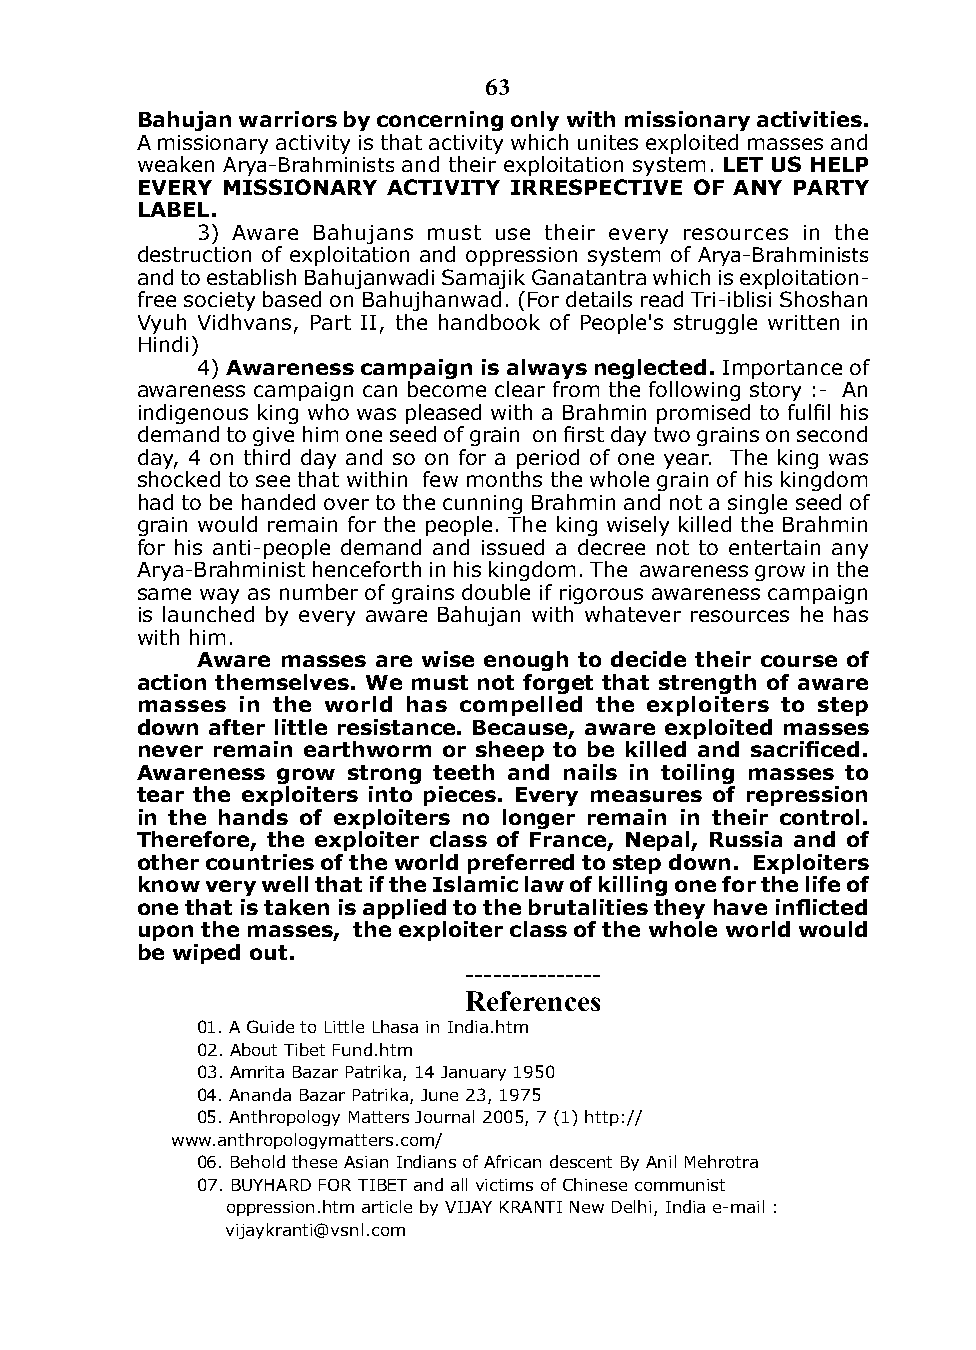
63
 Bahujan warriors by concerning only with missionary activities.
 A missionary activity is that activity which unites exploited masses and
 weaken Arya-Brahminists and their exploitation system. lET us HElP
 EVERy mIssIonARy AcTIVITy IRREsPEcTIVE oF Any PARTy
 lABEl.
 3) Aware Bahujans must use their every resources in the
 destruction of exploitation and oppression system of Arya-Brahminists
 and to establish Bahujanwadi Samajik Ganatantra which is exploitation-
 free society based on Bahujhanwad. (For details read Tri-iblisi Shoshan
 Vyuh Vidhvans, Part ii, the handbook of People's struggle written in
 Hindi)
 4) Awareness campaign is always neglected. importance of
 awareness campaign can become clear from the following story :- An
 indigenous king who was pleased with a Brahmin promised to fulfil his
 demand to give him one seed of grain on first day two grains on second
 day, 4 on third day and so on for a period of one year. The king was
 shocked to see that within few months the whole grain of his kingdom
 had to be handed over to the cunning Brahmin and not a single seed of
 grain would remain for the people. The king wisely killed the Brahmin
 for his anti-people demand and issued a decree not to entertain any
 Arya-Brahminist henceforth in his kingdom. The awareness grow in the
 same way as number of grains double if rigorous awareness campaign
 is launched by every aware Bahujan with whatever resources he has
 with him.
 Aware masses are wise enough to decide their course of
 action themselves. we must not forget that strength of aware
 masses in the world has compelled the exploiters to step
 down after little resistance. Because, aware exploited masses
 never remain earthworm or sheep to be killed and sacrificed.
 Awareness grow strong teeth and nails in toiling masses to
 tear the exploiters into pieces. Every measures of repression
 in the hands of exploiters no longer remain in their control.
 Therefore, the exploiter class of France, nepal, Russia and of
 other countries of the world preferred to step down. Exploiters
 know very well that if the Islamic law of killing one for the life of
 one that is taken is applied to the brutalities they have inflicted
 upon the masses, the exploiter class of the whole world would
 be wiped out.
 ---------------
 References
 01. A Guide to Little Lhasa in india.htm
 02. About Tibet Fund.htm
 03. Amrita Bazar Patrika, 14 January 1950
 04. Ananda Bazar Patrika, June 23, 1975
 05. Anthropology Matters Journal 2005, 7 (1) http://
 www.anthropologymatters.com/
 06. Behold these Asian indians of African descent By Anil Mehrotra
 07. BUYHARd FOR TiBET and all victims of Chinese communist
 oppression.htm article by ViJAY kRANTi New delhi, india e-mail :
 vijaykranti@vsnl.com